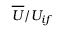
\overline { { U } } / U _ { i f }